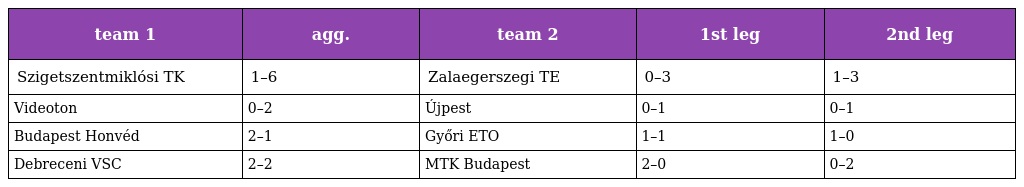
| team 1 | agg. | team 2 | 1st leg | 2nd leg |
 | --- | --- | --- | --- | --- |
 | Szigetszentmiklósi TK | 1–6 | Zalaegerszegi TE | 0–3 | 1–3 |
 | Videoton | 0–2 | Újpest | 0–1 | 0–1 |
 | Budapest Honvéd | 2–1 | Győri ETO | 1–1 | 1–0 |
 | Debreceni VSC | 2–2 | MTK Budapest | 2–0 | 0–2 |